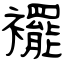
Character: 襬